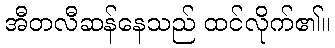
အီတလီဆန်နေသည် ထင်လိုက်၏။